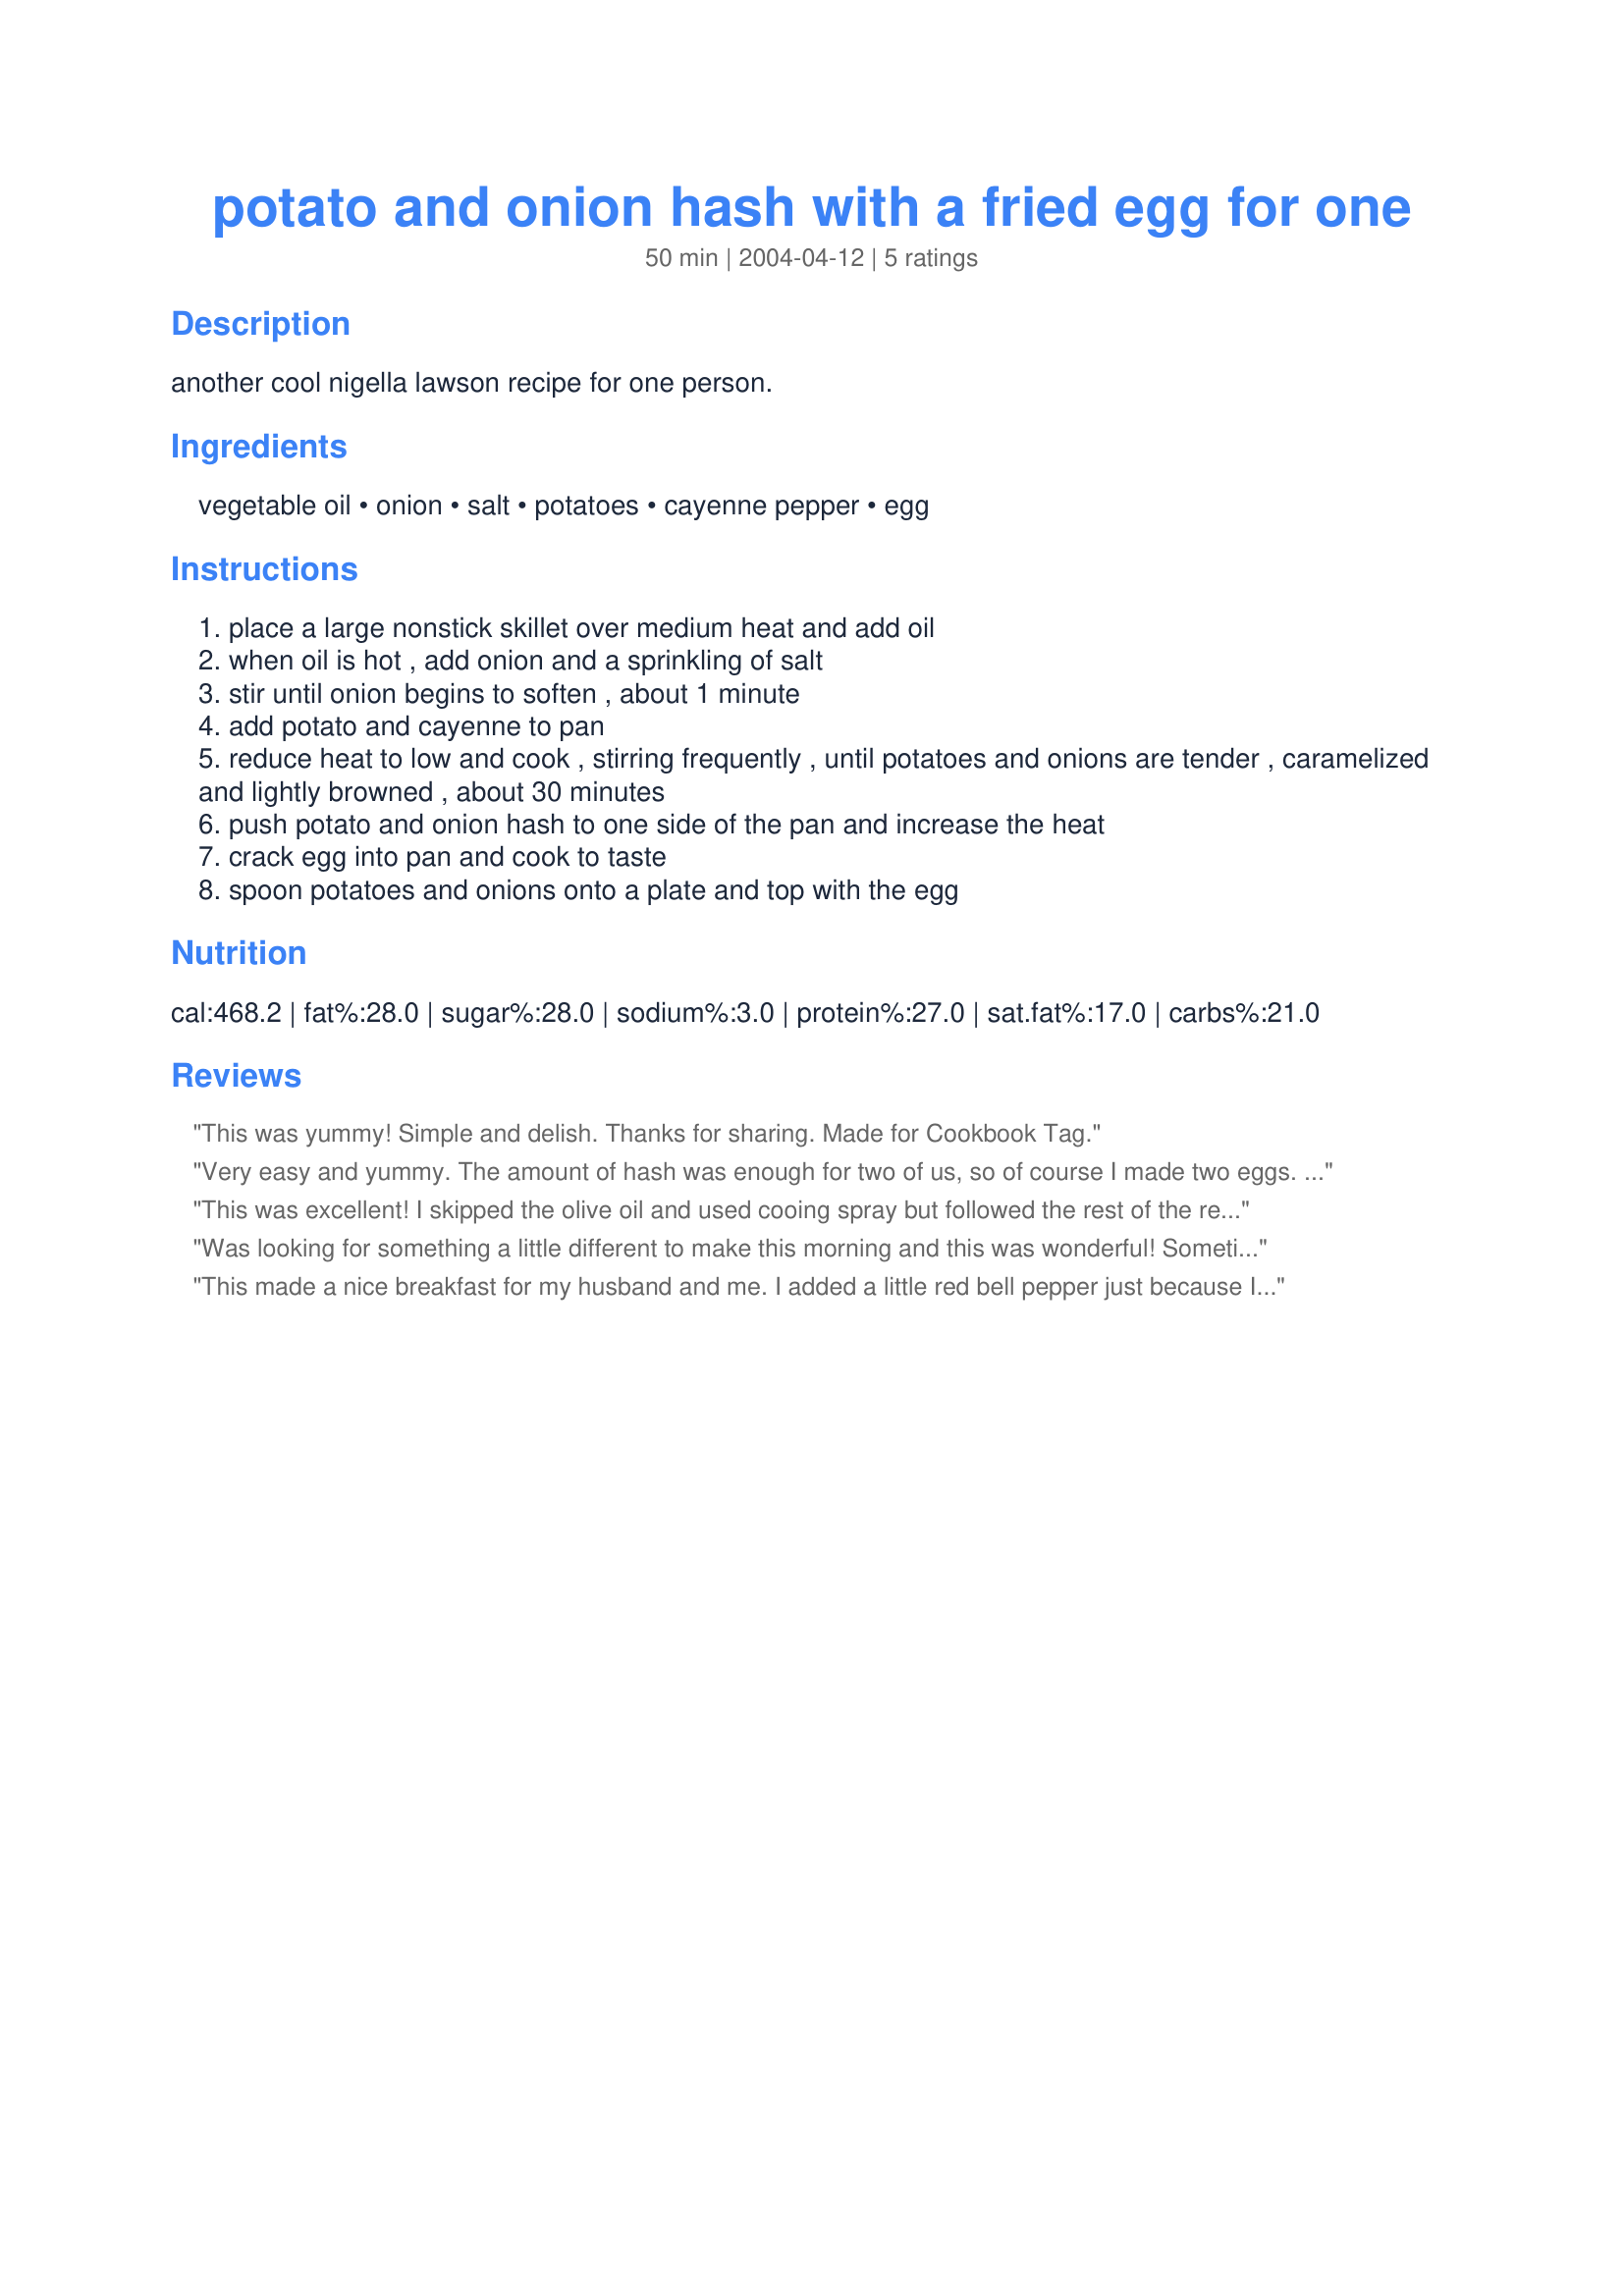
potato and onion hash with a fried egg for one
Preparation time: 50 minutes

another cool nigella lawson recipe for one person.

Ingredients:
vegetable oil, onion, salt, potatoes, cayenne pepper, egg

Steps:
place a large nonstick skillet over medium heat and add oil
when oil is hot , add onion and a sprinkling of salt
stir until onion begins to soften , about 1 minute
add potato and cayenne to pan
reduce heat to low and cook , stirring frequently , until potatoes and onions are tender , caramelized and lightly browned , about 30 minutes
push potato and onion hash to one side of the pan and increase the heat
crack egg into pan and cook to taste
spoon potatoes and onions onto a plate and top with the egg

Reviews:
This was yummy! Simple and delish. Thanks for sharing. Made for Cookbook Tag.
Very easy and yummy. The amount of hash was enough for two of us, so of course I made two eggs. Used red onion, olive oil and added a bit of chopped green pepper.
This was excellent! I skipped the olive oil and used cooing spray but followed the rest of the recipe as written. Very tasty! Thanks so much for posting!!
Was looking for something a little different to make this morning and this was wonderful! Sometimes the simplest recipes are the best. Thanks!
This made a nice breakfast for my husband and me. I added a little red bell pepper just because I had some. Thanks for posting!
